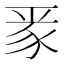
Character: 𮙛